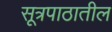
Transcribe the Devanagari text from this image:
सूत्रपाठातील